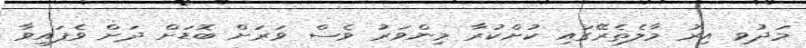
މަދުވި އިރު މާލެތެރޭގައި ކުށްކުރާ މިންވަރު ވެސް ވަރަށް ބޮޑަށް ދަށް ވެފައިވާ